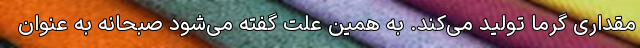
مقداری گرما تولید می‌کند. به همین علت گفته می‌شود صبحانه به عنوان